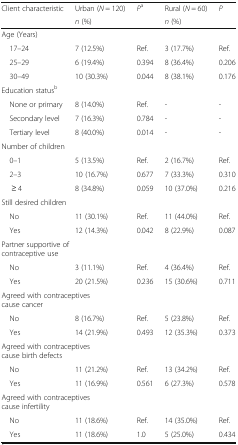
| <ROWSPAN=2> Client characteristic | Urban (N = 120) | <ROWSPAN=2> Pa | Rural (N = 60) | <ROWSPAN=2> P |
 | n (%) | n (%) |
 | --- | --- | --- | --- | --- |
 | <COLSPAN=5> Age (Years) |
 | 17–24 | 7 (12.5%) | Ref. | 3 (17.7%) | Ref. |
 | 25–29 | 6 (19.4%) | 0.394 | 8 (36.4%) | 0.206 |
 | 30–49 | 10 (30.3%) | 0.044 | 8 (38.1%) | 0.176 |
 | <COLSPAN=5> Education statusb |
 | None or primary | 8 (14.0%) | Ref. | - | - |
 | Secondary level | 7 (16.3%) | 0.784 | - | - |
 | Tertiary level | 8 (40.0%) | 0.014 | - | - |
 | <COLSPAN=5> Number of children |
 | 0–1 | 5 (13.5%) | Ref. | 2 (16.7%) | Ref. |
 | 2–3 | 10 (16.7%) | 0.677 | 7 (33.3%) | 0.310 |
 | ≥ 4 | 8 (34.8%) | 0.059 | 10 (37.0%) | 0.216 |
 | <COLSPAN=5> Still desired children |
 | No | 11 (30.1%) | Ref. | 11 (44.0%) | Ref. |
 | Yes | 12 (14.3%) | 0.042 | 8 (22.9%) | 0.087 |
 | <COLSPAN=5> Partner supportive of contraceptive use |
 | No | 3 (11.1%) | Ref. | 4 (36.4%) | Ref. |
 | Yes | 20 (21.5%) | 0.236 | 15 (30.6%) | 0.711 |
 | <COLSPAN=5> Agreed with contraceptives cause cancer |
 | No | 8 (16.7%) | Ref. | 5 (23.8%) | Ref. |
 | Yes | 14 (21.9%) | 0.493 | 12 (35.3%) | 0.373 |
 | <COLSPAN=5> Agreed with contraceptives cause birth defects |
 | No | 11 (21.2%) | Ref. | 13 (34.2%) | Ref. |
 | Yes | 11 (16.9%) | 0.561 | 6 (27.3%) | 0.578 |
 | <COLSPAN=5> Agreed with contraceptives cause infertility |
 | No | 11 (18.6%) | Ref. | 14 (35.0%) | Ref. |
 | Yes | 11 (18.6%) | 1.0 | 5 (25.0%) | 0.434 |